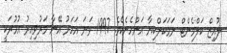
ލުއިޒް ކަލްމެންޓް ނަމަކަށްކިޔާ އަންހެނެކެވެ. 1997 ވަނަ އަހަރު އޭނާ މަރުވިއިރު އުމުރަކީ